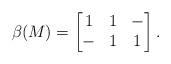
LaTeX: \begin{align*}\beta(M) = \begin{bmatrix}1&1&-\\-&1&1\end{bmatrix}.\end{align*}